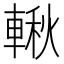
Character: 𨍊